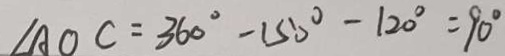
\angle A O C = 3 6 0 ^ { \circ } - 1 5 0 ^ { \circ } - 1 2 0 ^ { \circ } = 9 0 ^ { \circ }